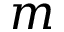
m